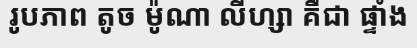
រូបភាព តូច ម៉ូណា លីហ្សា គឺជា ផ្ទាំង